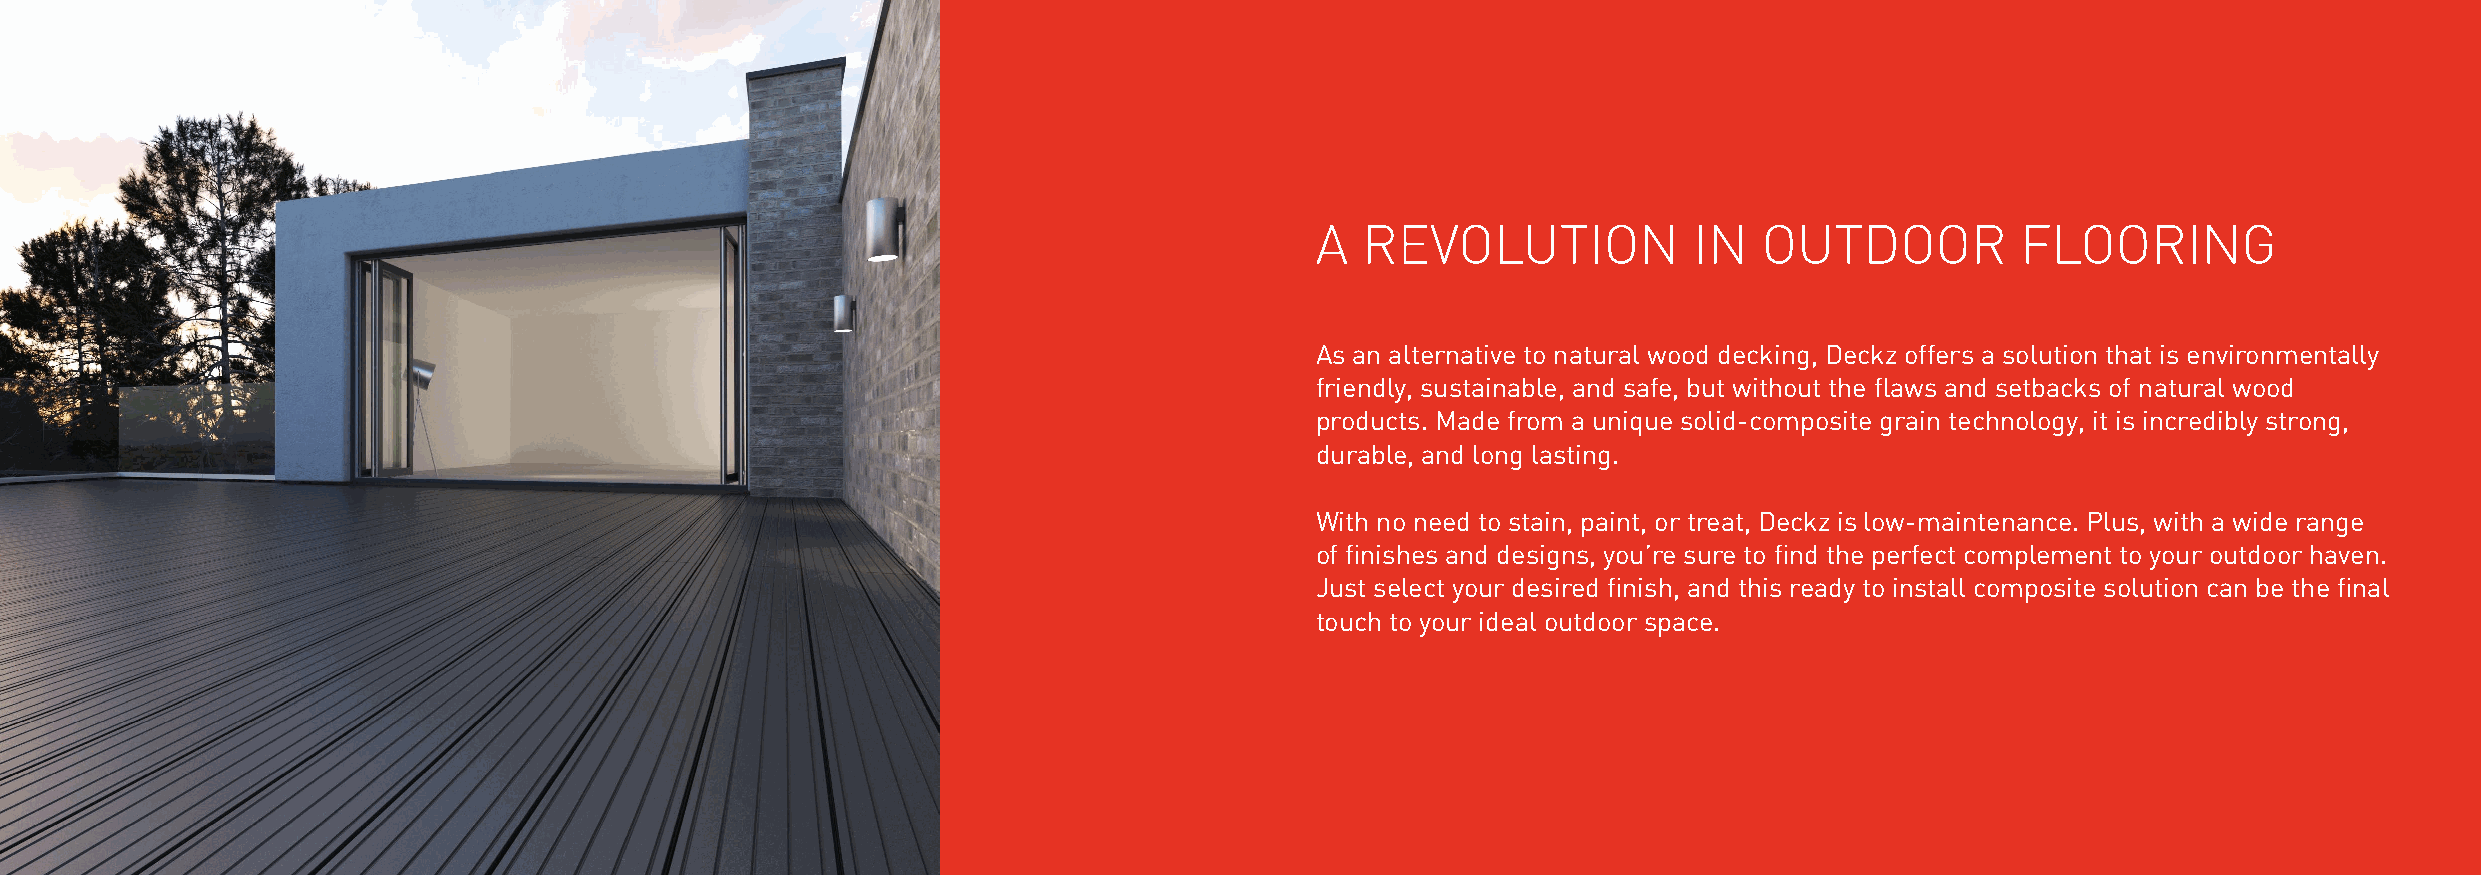
A  REVOLUTION            IN   OUTDOOR          FLOORING
 As an alternative to natural wood decking, Deckz offers a solution that is environmentally
 friendly, sustainable, and safe, but without the flaws and setbacks of natural wood
 products. Made from a unique solid-composite grain technology, it is incredibly strong,
 durable, and long lasting.
 With no need to stain, paint, or treat, Deckz is low-maintenance. Plus, with a wide range
 of finishes and designs, you’re sure to find the perfect complement to your outdoor haven.
 Just select your desired finish, and this ready to install composite solution can be the final
 touch to your ideal outdoor space.